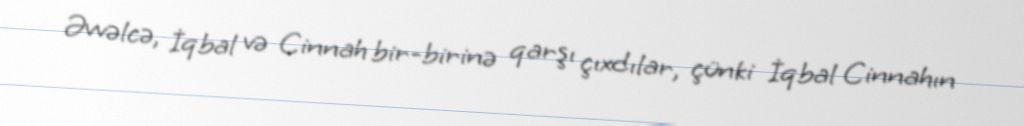
Əvvəlcə, İqbal və Cinnah bir-birinə qarşı çıxdılar, çünki İqbal Cinnahın